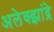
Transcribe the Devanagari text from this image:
अलेक्झांद्रे